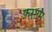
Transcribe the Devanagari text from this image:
फ़स्टम